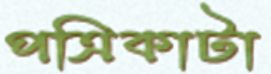
পত্রিকাটা